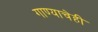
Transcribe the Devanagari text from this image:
गाण्याचेही